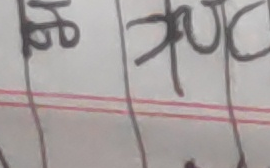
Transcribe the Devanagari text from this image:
क फुट